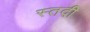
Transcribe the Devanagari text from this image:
स्तदी